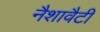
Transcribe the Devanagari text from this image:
नैशावैटी